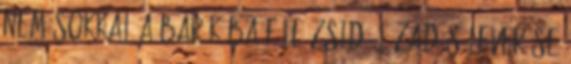
nem sokkal a Bar Kóba féle zsidó lázadás leverése